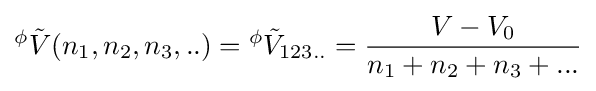
{}^{\phi }{\tilde {V}}(n_{1},n_{2},n_{3},..)={}^{\phi }{\tilde {V}}_{123..}={\frac {V-V_{0}}{n_{1}+n_{2}+n_{3}+...}}